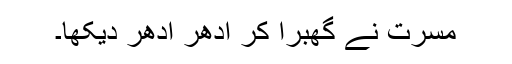
مسرت نے گھبرا کر ادھر ادھر دیکھا۔